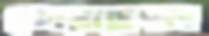
কোয়াড্রপল